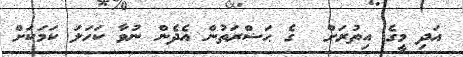
އަދި މީގެ އިތުރަށް  ގެ ޙަޟްރަތުން އެދެން ނުވާ ކަހަލަ ކަމަކަށް